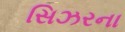
સિઝરના